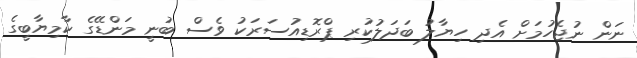
ނަން ނުޖެހުމަށް އެދި ހިޔާލު ބަދަލުކުރި ޕްރޮޑިއުސަރަކު ވެސް ބުނީ މަންޑޭގެ ކާމިޔާބީގެ